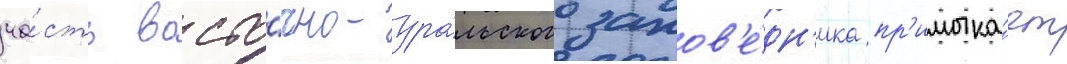
ча́сть восто́чно-ура́льского запов'е́дн'ика пр'имыка́ет